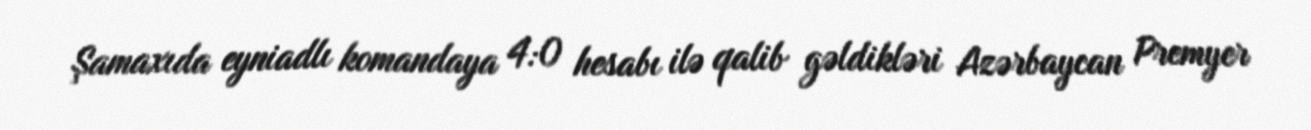
Şamaxıda eyniadlı komandaya 4:0 hesabı ilə qalib gəldikləri Azərbaycan Premyer